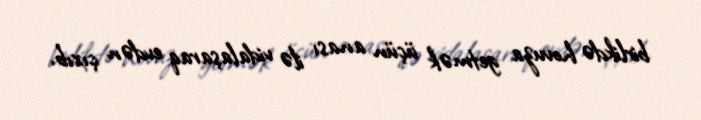
birlikdə hovuza getmək üçün anası ilə vidalaşaraq evdən çıxıb.